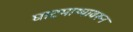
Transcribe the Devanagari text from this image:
घाटमाथ्यावरुन